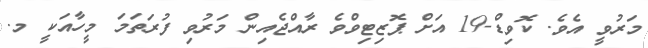
މަރުވީ އެވެ. ކޮވިޑް-19 އަށް ޕޮޒިޓިވްވެ ރާއްޖެއިން މަރުވި ފުރަތަމަ މީހާއަކީ މ.